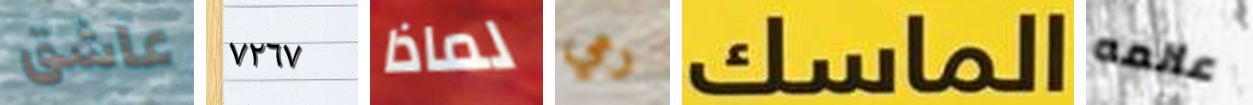
عاشق ٧٢٦٧ لماذا رمي الماسك عالمه